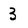
Character: 3